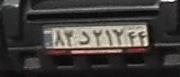
۸۳د۲۱۲۴۴